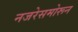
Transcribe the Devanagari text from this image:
नजरेसमोरून